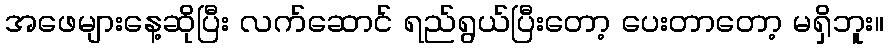
အဖေများနေ့ဆိုပြီး လက်ဆောင် ရည်ရွယ်ပြီးတော့ ပေးတာတော့ မရှိဘူး။